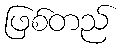
ဖြစ်တည်